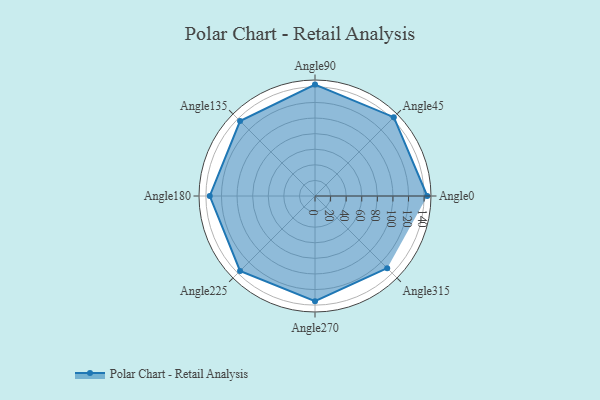
{"axis": {"x": "Angle", "y": "Radius"}, "legend": [""], "data": [{"x": "Angle0", "y": 144.0, "type": ""}, {"x": "Angle45", "y": 143.0, "type": ""}, {"x": "Angle90", "y": 143.0, "type": ""}, {"x": "Angle135", "y": 136.0, "type": ""}, {"x": "Angle180", "y": 135.0, "type": ""}, {"x": "Angle225", "y": 136.0, "type": ""}, {"x": "Angle270", "y": 135.0, "type": ""}, {"x": "Angle315", "y": 131.0, "type": ""}]}